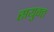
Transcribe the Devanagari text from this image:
सयुक्‍त